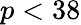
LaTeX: p<38